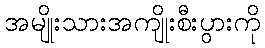
အမျိုးသားအကျိုးစီးပွားကို